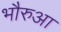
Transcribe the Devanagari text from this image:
भौरुआ